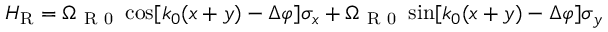
{ H } _ { \mathrm { { R } } } = \Omega _ { \mathrm { ~ R ~ 0 ~ } } \cos [ k _ { 0 } ( x + y ) - \Delta \varphi ] \sigma _ { x } + \Omega _ { \mathrm { ~ R ~ 0 ~ } } \sin [ k _ { 0 } ( x + y ) - \Delta \varphi ] \sigma _ { y }